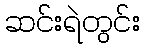
ဆင်းရဲတွင်း